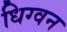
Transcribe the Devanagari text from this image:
धिग्वन